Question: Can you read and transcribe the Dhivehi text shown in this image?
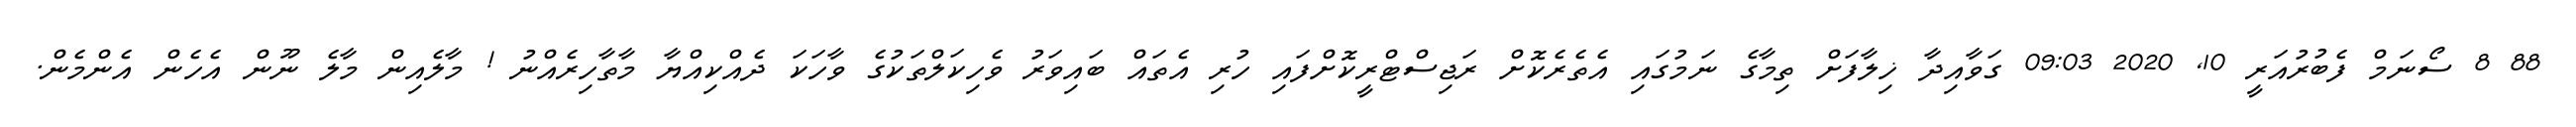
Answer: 88 8 ސޯނަމް ފެބުރުއަރީ 10, 2020 09:03 ގަވާއިދާ ޚިލާފަށް ތިމާގެ ނަމުގައި އެތެރެކޮށް ރަޖިސްޓްރީކޮށްފައި ހުރި އެތައް ބައިވަރު ވެހިކަލްތަކުގެ ވާހަކަ ދެއްކިއްޔާ މާތާހިރެއްނު ! މާލެއިން މާލެ ނޫން އެހެން އެންމެން.